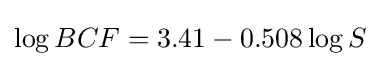
\log BCF=3.41-0.508\log S